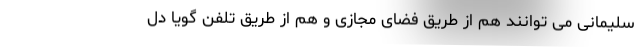
سلیمانی می توانند هم از طریق فضای مجازی و هم از طریق تلفن گویا دل